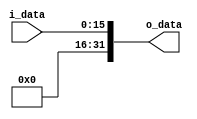
module extender(i_data, o_data);

input [15:0] i_data;
output [31:0] o_data;

assign o_data = {16'b0, i_data};

endmodule